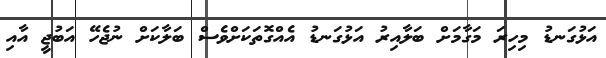
އަޅުގަނޑު މިހިރަ މަގާމަށް ބަލާއިރު އަޅުގަނޑު އެއްގޮތަކަށްވެސް ބަލާކަށް ނުޖެހޭ އަބުޖީ އާއި